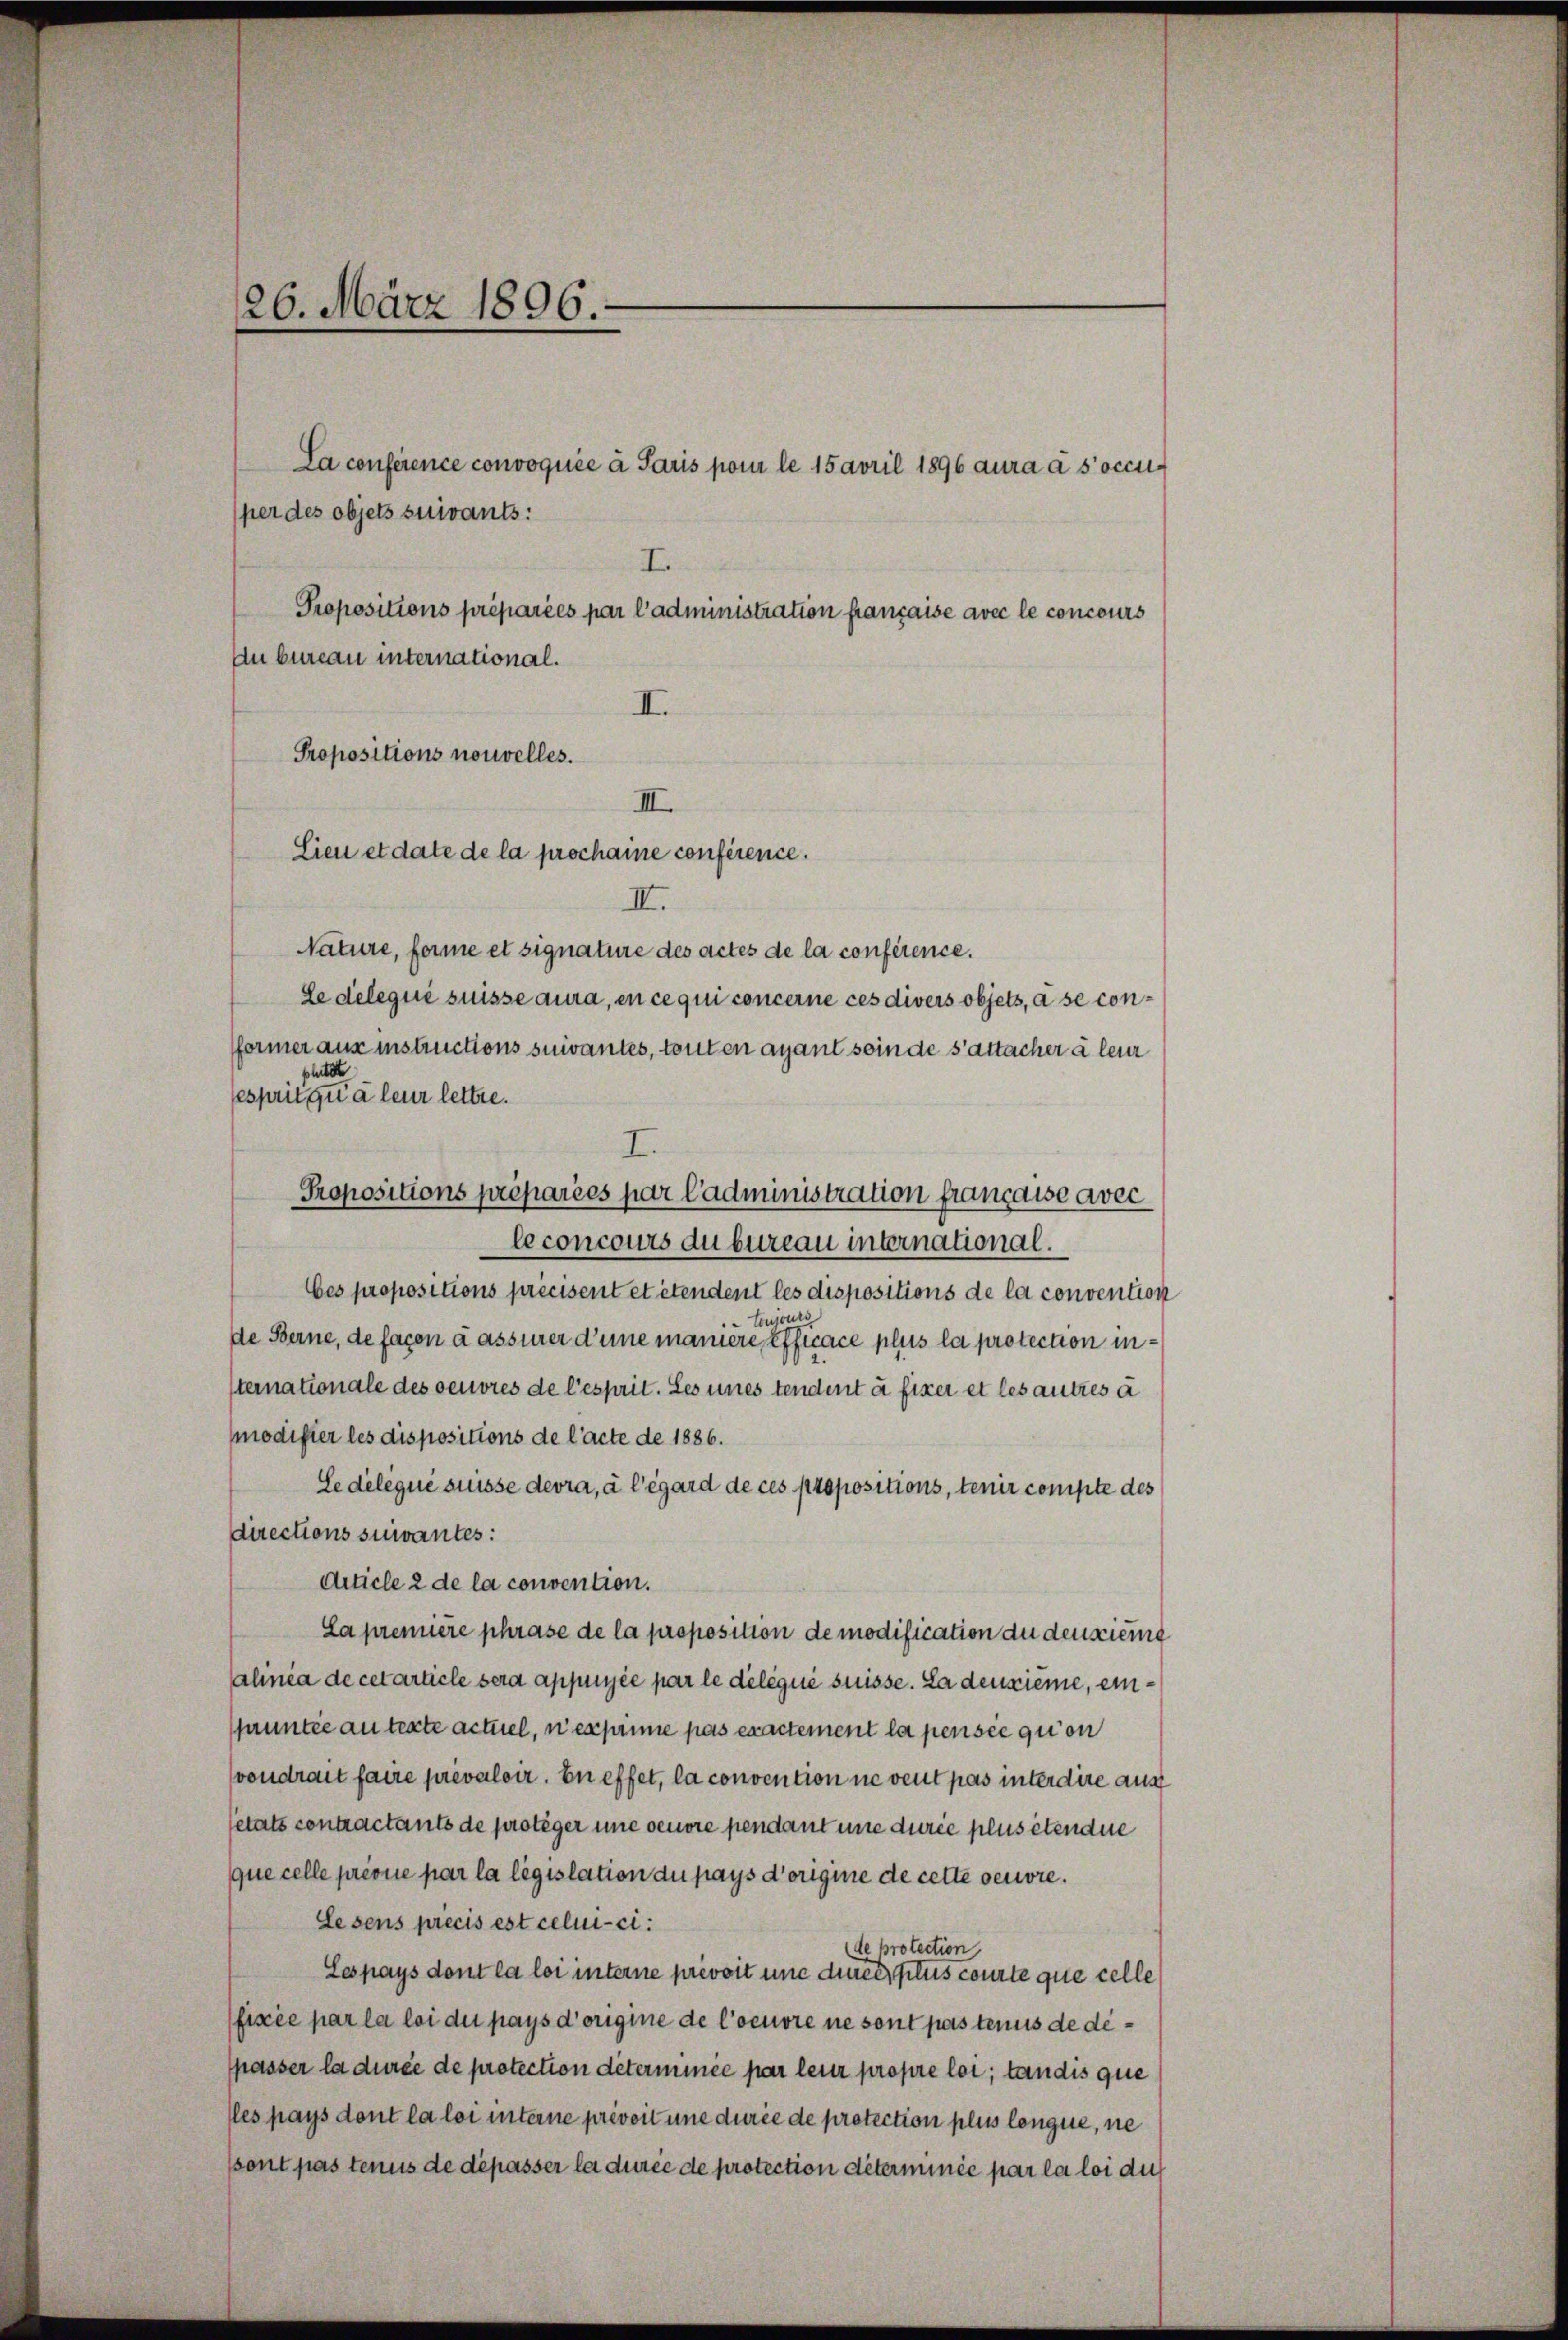
26. März 1896.

per des objets suivants:
I
Propositions préparées par l’administration française avec le concours
du bureau international.
II.
Propositions nouvelles.
III.
Lieu et date de la prochaine conférence.
III.
Nature, forme et signature des actes de la conférence.
Le delegii suisse aura, en ce qui concerne ces divers objets, à se conformer aus instructions suivantes, touten ayant seinde s’attacher à leur
slutte
esprit que leur lettre.
I.
Propositions préparées par Cadministration francaise avec
leconcours du bureau international.
bes propositions précisent et étendent les dispositions de la convention
 toujou
de Berne, de facon a assurer d’une maniere Effecace plus la protection internationale des oeuvres de l’esprit. Les eines tendent à fixer et les autres à
modifier les dispositions de l’acte de 1886.
Se délégué suisse devra, à l’égard de ces propositions, tenir compte des
directions suivantes:
Article 2 de la convention.
La première phrase de la proposition de modification du densieme
alinea de cetarticle sera appuyée par le délégué suisse. La deuxième, einparuntée au texte actuel, ni exprimie pas exactement la pensée qu’on
vondrait faire prévaloir. En effet, la convention ne veut pas interdire aus
setats contractants de proteger une oeuore pendant une durce plus étendie
que celle prévue par la législation du pays d’origine de cette oeuvre.
Lesens précis est celui-ci.
de protection,
Lespays dont la loi interne prévoit und die plus courte que celle
fixée par la loi due pays d’origine de l’oeuvre ne sont pas tenus dedispasser la durée de protection déterminée par leur propre loi, tandis que
(les pays dont la loi interne prévoit une durée de protection plus longue, ne
sont pas tenus de dépasser la durée de protection déterminée par la loi du

La conference convoquée a Paris pour le 15 April 1896 aura a socci